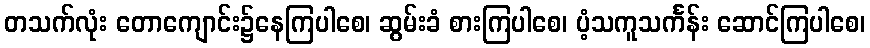
တသက်လုံး တောကျောင်း၌နေကြပါစေ၊ ဆွမ်းခံ စားကြပါစေ၊ ပံ့သကူသင်္ကန်း ဆောင်ကြပါစေ၊